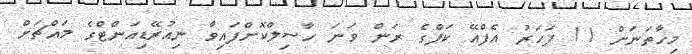
މިހާތަނަށް 11 ފަހަރު އެފްއޭ ކަޕްގެ ރަން ވަނަ ހާސިލްކޮށްފައިވާ ނިއުރޭޑިއަންޓްގެ މައްޗަށް